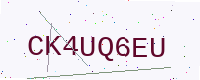
Text: CK4UQ6EU